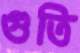
গুতি